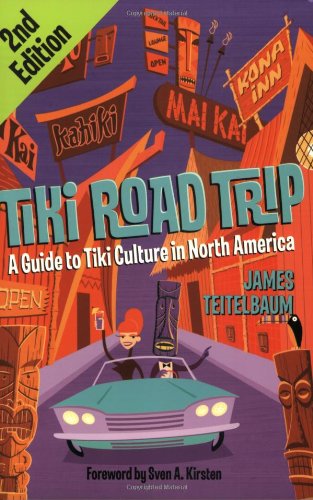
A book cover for Tiki Road Trip: A Guide to Tiki Culture in North America; James Teitelbaum; Travel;